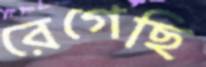
রেগেছি